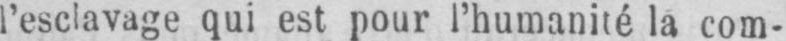
l’esclavage qui est pour l’humanité la com-